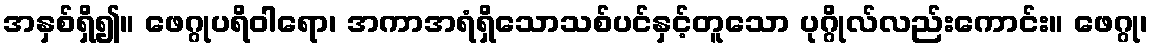
အနှစ်ရှိ၍။ ဖေဂ္ဂုပရိဝါရော၊ အကာအရံရှိသောသစ်ပင်နှင့်တူသော ပုဂ္ဂိုလ်လည်းကောင်း။ ဖေဂ္ဂု၊